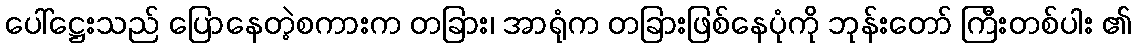
ပေါ်ဋ္ဌေးသည် ပြောနေတဲ့စကားက တခြား၊ အာရုံက တခြားဖြစ်နေပုံကို ဘုန်းတော် ကြီးတစ်ပါး ၏